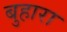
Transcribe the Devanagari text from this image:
बुहारा